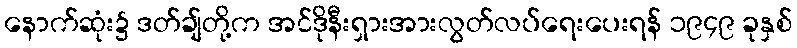
နောက်ဆုံး၌ ဒတ်ချ်တို့က အင်ဒိုနီးရှားအားလွတ်လပ်ရေးပေးရန် ၁၉၄၉ ခုနှစ်